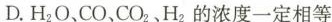
D.H_{2}O、CO、CO_{2}、H_{2}的浓度一定相等